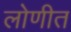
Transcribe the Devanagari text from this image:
लोणीत